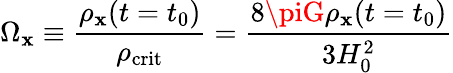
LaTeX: \Omega_{\mathbf{x}}\equiv{\frac{{\rho_{\mathbf{x}}(t=t_{0})}}{{\rho_{\mathrm{{crit}}}}}}={\frac{{8\piG\rho_{\mathbf{x}}(t=t_{0})}}{{3H_{0}^{2}}}}